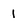
Character: 1